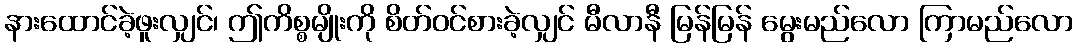
နားထောင်ခဲ့ဖူးလျှင်၊ ဤကိစ္စမျိုးကို စိတ်ဝင်စားခဲ့လျှင် မီလာနီ မြန်မြန် မွေးမည်လော ကြာမည်လော